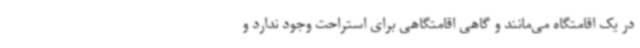
در یک اقامتگاه می‌مانند و گاهی اقامتگاهی برای استراحت وجود ندارد و